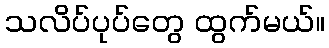
သလိပ်ပုပ်တွေ ထွက်မယ်။